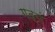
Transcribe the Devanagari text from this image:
गद्यं